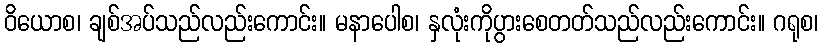
ဝိယောစ၊ ချစ်အပ်သည်လည်းကောင်း။ မနာပေါစ၊ နှလုံးကိုပွားစေတတ်သည်လည်းကောင်း။ ဂရုစ၊